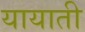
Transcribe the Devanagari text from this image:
यायाती